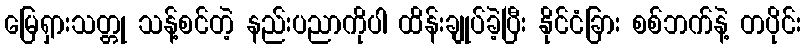
မြေရှားသတ္တု သန့်စင်တဲ့ နည်းပညာကိုပါ ထိန်းချုပ်ခဲ့ပြီး နိုင်ငံခြား စစ်ဘက်နဲ့ တပိုင်း